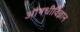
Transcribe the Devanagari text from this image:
औषधीविज्ञान